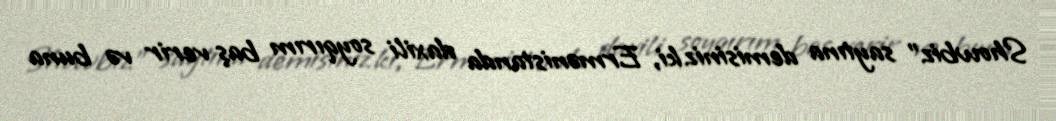
Showbiz" saytına demisiniz ki, Ermənistanda daxili soyqırım baş verir və buna